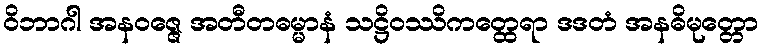
ဝိဘာဂါ အနဝဇ္ဇေ အတီတဓမ္မာနံ သဋ္ဌိဝဿိကတ္ထေရာ ဒဒတံ အနဓိမုတ္တော